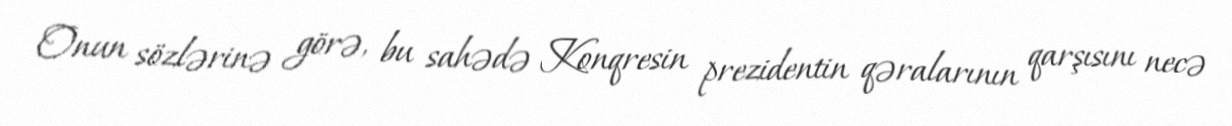
Onun sözlərinə görə, bu sahədə Konqresin prezidentin qəralarının qarşısını necə